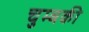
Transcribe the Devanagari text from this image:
चुम्बकी